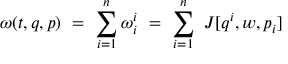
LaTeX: \omega ( t , q , p ) \ = \ \sum _ { i = 1 } ^ { n } \omega _ { i } ^ { i } \ = \ \sum _ { i = 1 } ^ { n } \ J [ q ^ { i } , w , p _ { i } ]